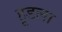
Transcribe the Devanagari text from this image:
हूडला